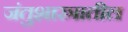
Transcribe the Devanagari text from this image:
जंतुशास्त्रातील